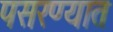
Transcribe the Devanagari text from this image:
पसरण्यात